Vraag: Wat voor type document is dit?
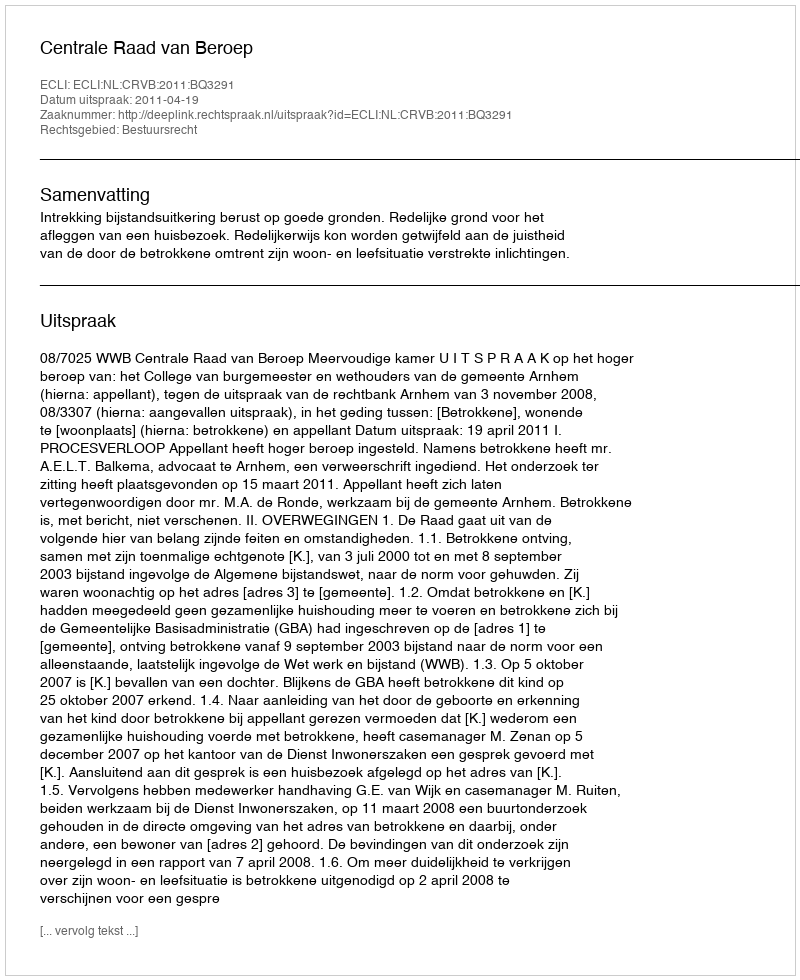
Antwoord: Uitspraak